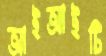
আইআইটি